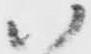
ハ